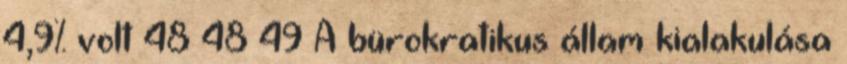
4,9% volt 48 48 49 A bürokratikus állam kialakulása